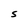
Character: S